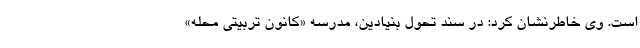
است. وی خاطرنشان کرد: در سند تحول بنیادین، مدرسه «کانون تربیتی محله»